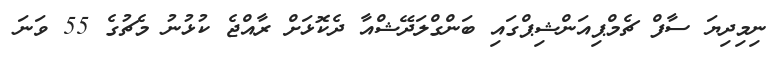
ނިމިދިޔަ ސާފް ޗެމްޕިއަންޝިޕްގައި ބަންގްލަދޭޝްއާ ދެކޮޅަށް ރާއްޖެ ކުޅުނު މެޗުގެ 55 ވަނަ